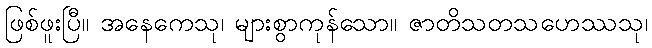
ဖြစ်ဖူးပြီ။ အနေကေသု၊ များစွာကုန်သော။ ဇာတိသတသဟေဿသု၊